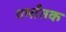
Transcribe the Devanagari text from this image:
गर्भांतक